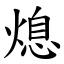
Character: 熄